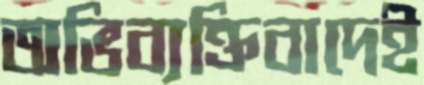
অভিব্যক্তিবাদেই